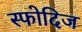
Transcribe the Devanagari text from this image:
स्फोदिज